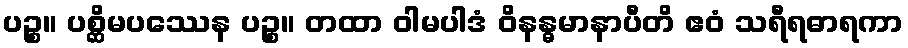
ပဉ္စ။ ပစ္ဆိမပဿေန ပဉ္စ။ တထာ ဝါမပါဒံ ဝိနန္ဓမာနာပီတိ ဧဝံ သရီရဓာရကာ